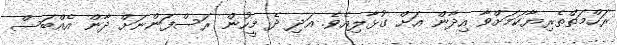
ރަހްމަތްތެރިޔާކަމަށްވާ އިދާން އަށް ގުޅާލިއެވެ. އަދި ދެ މީހުން ރަސްފަންނަށް ދާން އެއްބަސް